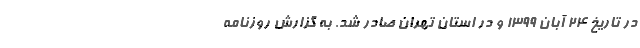
در تاريخ ۲۴ آبان ۱۳۹۹ و در استان تهران صادر شد. به گزارش روزنامه